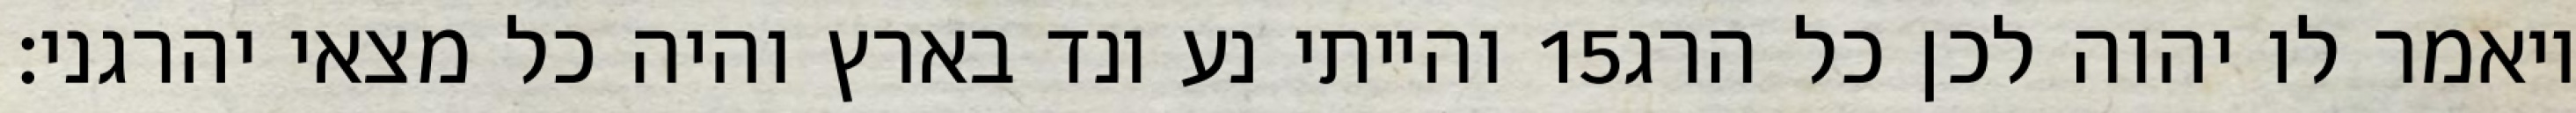
והייתי נע ונד בארץ והיה כל מצאי יהרגני׃ ‎15‏ ויאמר לו יהוה לכן כל הרג